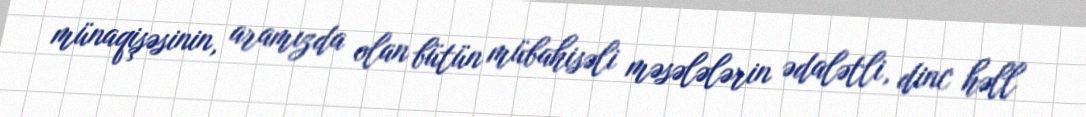
münaqişəsinin, aramızda olan bütün mübahisəli məsələlərin ədalətli, dinc həll